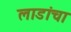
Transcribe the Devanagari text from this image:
लाडांचा